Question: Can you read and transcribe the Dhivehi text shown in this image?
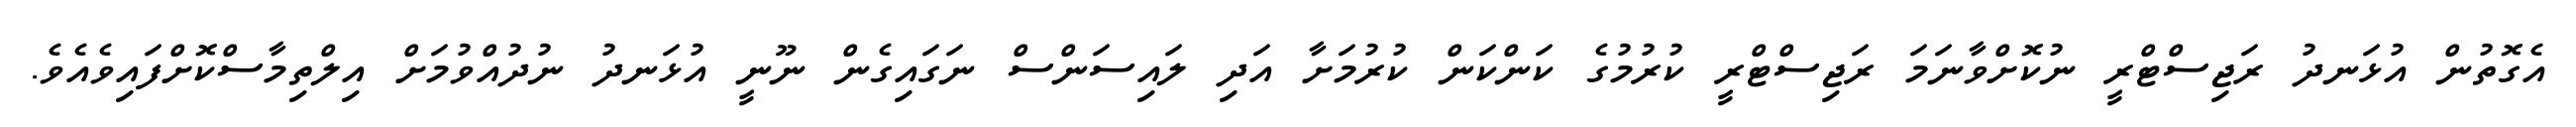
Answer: އެގޮތުން އުޅަނދު ރަޖިސްޓްރީ ނުކޮށްވާނަމަ ރަޖިސްޓްރީ ކުރުމުގެ ކަންކަން ކުރުމަށާ އަދި ލައިސަންސް ނަގައިގެން ނޫނީ އުޅަނދު ނުދުއްވުމަށް އިލްތިމާސްކޮށްފައިވެއެވެ.